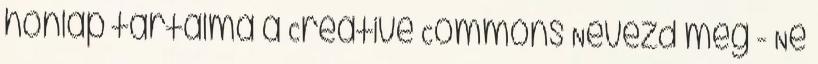
honlap tartalma a Creative Commons Nevezd meg - Ne